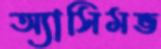
অ্যাসিমভ